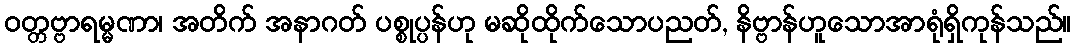
ဝတ္တဗ္ဗာရမ္မဏာ၊ အတိက် အနာဂတ် ပစ္စုပ္ပန်ဟု မဆိုထိုက်သောပညတ်, နိဗ္ဗာန်ဟူသောအာရုံရှိကုန်သည်။